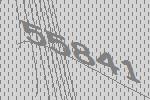
55841